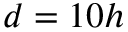
d = 1 0 h